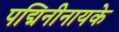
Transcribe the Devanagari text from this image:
पद्मिनीनायके